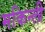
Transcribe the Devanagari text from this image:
मकिन्ली